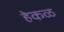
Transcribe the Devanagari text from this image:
हेकळ